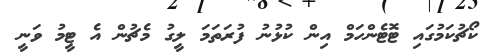
ކޯޗުކަމުގައި ޓޮޓެންހަމް އިން ކުޅުނު ފުރަތަމަ ލީގު މެޗުން އެ ޓީމު ވަނީ